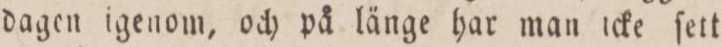
dagen igenom, och på länge har man icke ſett